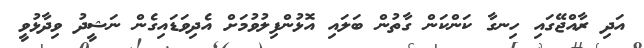
އަދި ރާއްޖޭގައި ހިނގާ ކަންކަން ގާތުން ބަލައި އޮޅުންފިލުވުމަށް އެދިވަޑައިގެން ނަޝީދު ވިދާޅުވީ